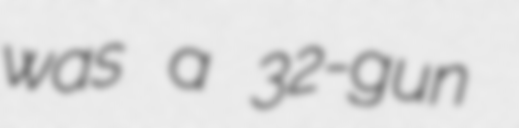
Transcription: was a 32-gun